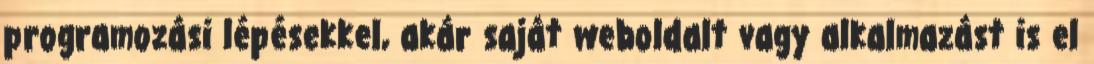
programozási lépésekkel, akár saját weboldalt vagy alkalmazást is el